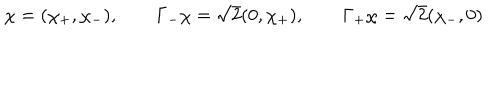
\chi = ( \chi _ { + } , \chi _ { - } ) , \qquad \Gamma _ { - } \chi = { \sqrt 2 } ( 0 , \chi _ { + } ) , \qquad \Gamma _ { + } \chi = { \sqrt 2 } ( \chi _ { - } , 0 )